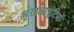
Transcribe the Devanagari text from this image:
श्रृंखलात्रुटियों